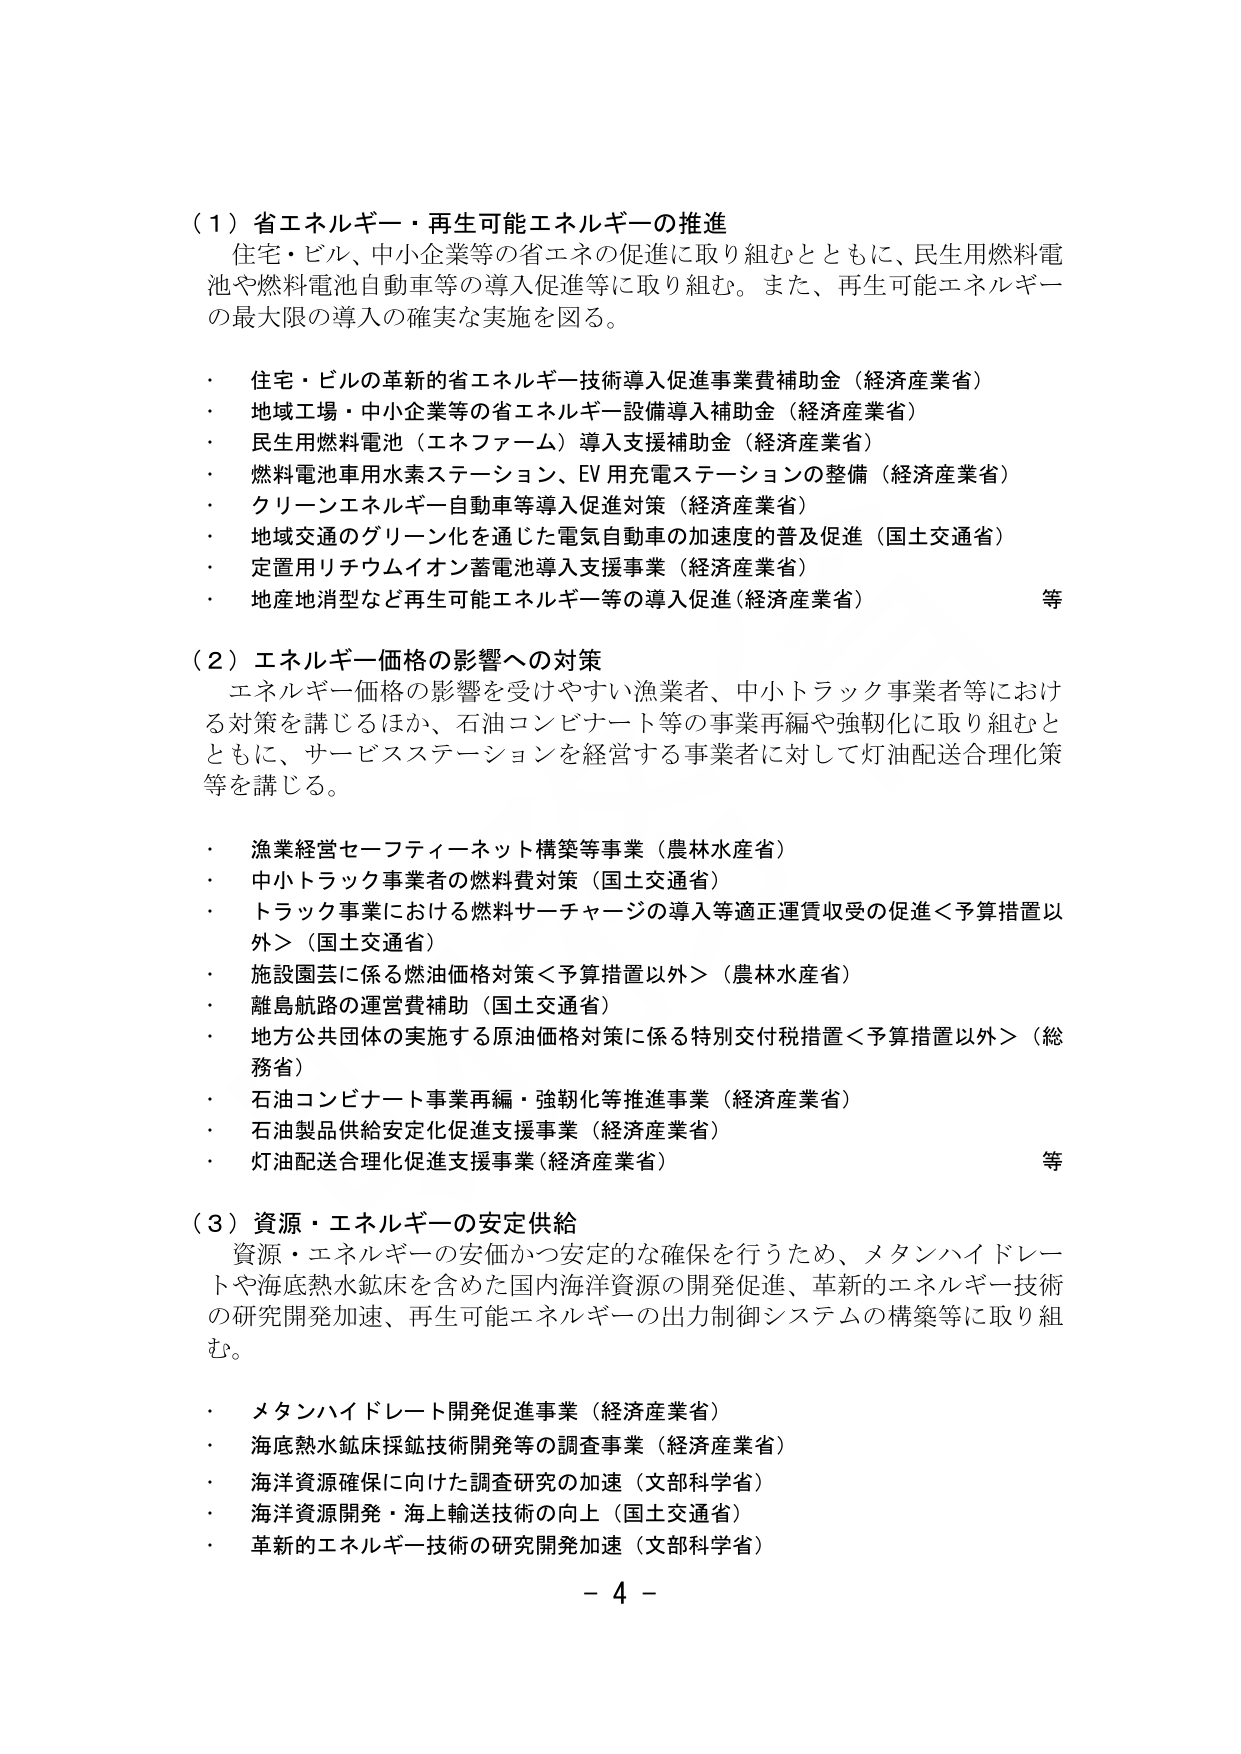
（１）省エネルギー・再生可能エネルギーの推進
住宅・ビル、中小企業等の省エネの促進に取り組むとともに、民生用燃料電池や燃料電池自動車等の導入促進等に取り組む。また、再生可能エネルギーの最大限の導入の確実な実施を図る。

・ 住宅・ビルの革新的省エネルギー技術導入促進事業費補助金（経済産業省）
・ 地域工場・中小企業等の省エネルギー設備導入補助金（経済産業省）
・ 民生用燃料電池（エネファーム）導入支援補助金（経済産業省）
・ 燃料電池車用水素ステーション、EV用充電ステーションの整備（経済産業省）
・ クリーンエネルギー自動車等導入促進対策（経済産業省）
・ 地域交通のグリーン化を通じた電気自動車の加速度の普及促進（国土交通省）
・ 定置用リチウムイオン蓄電池導入支援事業（経済産業省）
・ 地産地消型など再生可能エネルギー等の導入促進（経済産業省） 等

（２）エネルギー価格の影響への対策
エネルギー価格の影響を受けやすい漁業者、中小トラック事業者等における対策を講じるほか、石油コンビナート等の事業再編や強靭化に取り組むとともに、サービスステーションを経営する事業者に対して灯油配送合理化策等を講じる。

・ 漁業経営セーフティーネット構築等事業（農林水産省）
・ 中小トラック事業者の燃料費対策（国土交通省）
・ トラック事業における燃料サーチャージの導入等適正運賃収受の促進＜予算措置以外＞（国土交通省）
・ 施設園芸に係る燃油価格対策＜予算措置以外＞（農林水産省）
・ 離島航路の運営費補助（国土交通省）
・ 地方公共団体の実施する原油価格対策に係る特別交付税措置＜予算措置以外＞（総務省）
・ 石油コンビナート事業再編・強靭化等推進事業（経済産業省）
・ 石油製品供給安定化促進支援事業（経済産業省）
・ 灯油配送合理化促進支援事業（経済産業省） 等

（３）資源・エネルギーの安定供給
資源・エネルギーの安価かつ安定的な確保を行うため、メタンハイドレートや海底熱水鉱床を含めた国内海洋資源の開発促進、革新的エネルギー技術の研究開発加速、再生可能エネルギーの出力制御システムの構築等に取り組む。

・ メタンハイドレート開発促進事業（経済産業省）
・ 海底熱水鉱床採鉱技術開発等の調査事業（経済産業省）
・ 海洋資源確保に向けた調査研究の加速（文部科学省）
・ 海洋資源開発・海上輸送技術の向上（国土交通省）
・ 革新的エネルギー技術の研究開発加速（文部科学省）

－ 4 －